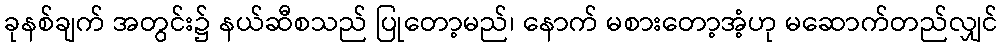
ခုနစ်ချက် အတွင်း၌ နယ်ဆီစသည် ပြုတော့မည်၊ နောက် မစားတော့အံ့ဟု မဆောက်တည်လျှင်